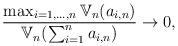
LaTeX: \begin{align*}\frac{\max_{i = 1, \hdots, n} \mathbb{V}_n(a_{i,n})}{\mathbb{V}_n(\sum_{i = 1}^n a_{i,n})} \to 0,\end{align*}